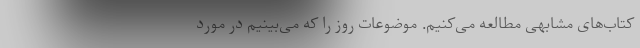
کتاب‌های مشابهی مطالعه می‌کنیم. موضوعات روز را که می‌بینیم در مورد